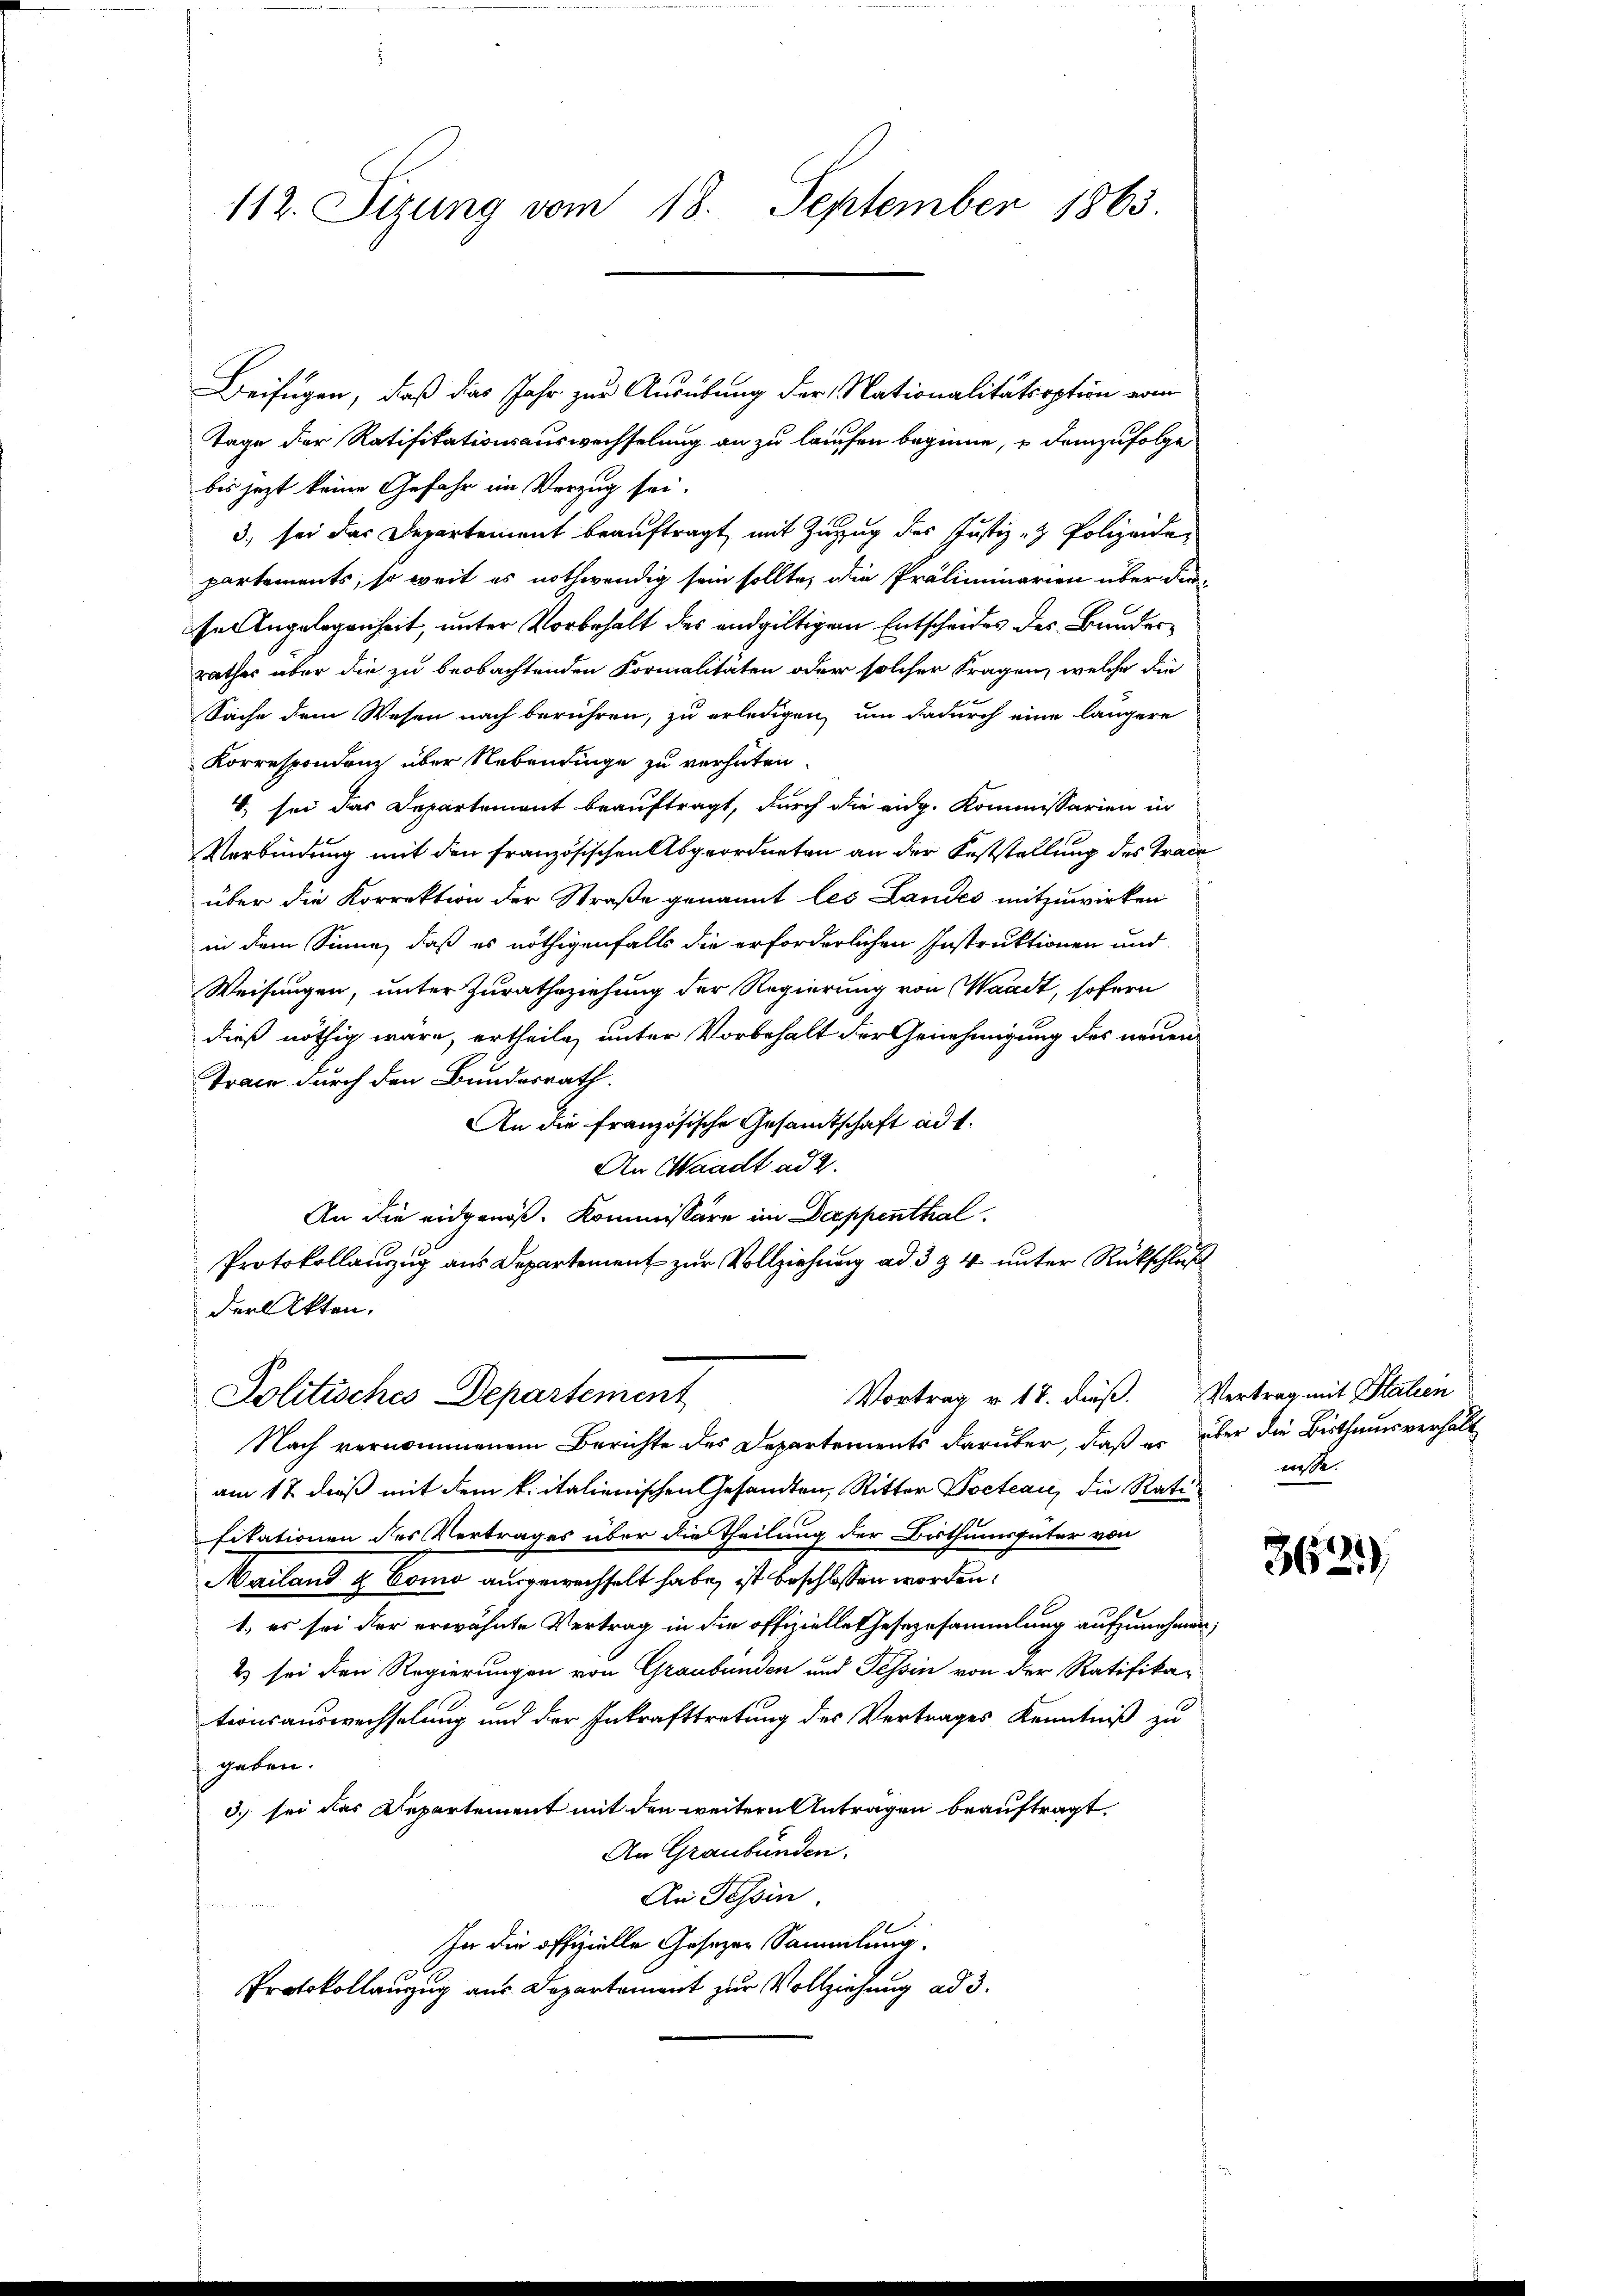
112. Sizung vom 18. September 1865.

Beifügen, daß das Jahr zur Ausübung der Nationalitätsoption vom
Tage der Ratifikationsauswechselung an zu laufen beginne, u demzufolge
bis jezt keine Gefahr im Verzug sei.
3., sei das Departement beauftragt, mit Zuzug des Justiz- & Polizeide,
partements, so weit es nothwendig sein sollte, die Präliminarien über durse Angelegenheit, unter Vorbehalt des endgültigem Entscheides des Bunderrathes über die zu beobachtenden Formalitäten oder solcher Fragen, welche die
Sache dem Wesen nach berühren, zu erledigen, um dadurch eine längere
Korrespondenz über Nebendinge zu verhüten.
4. sei das Departement beauftragt, durch die eidg. Kommissarien in
Verbindung mit den französischen Abgeordneten an der Koststellung des Trace
über die Korrektion der Straße genannt les Landes mitzuwirken
in dem Sinne, daß es nöthigenfalls die erforderlichen Instruktionen und
Weisungen, unter Zurathsziehung der Regierung von Waadt, sofern
dieß nöthig wäre, ertheile, unter Vorbehalt der Genehmigung des neuen
Trace durch den Bundesrath.
An die französische Gesamtschaft ad 1.
An Waadt ad 2.
An die eidgenoß, Kommissäre im Dappenthal¬
Protokollanzug aus Departement zur Vollziehung ad 3 & 4 unter Rückschluß
der Akten.
Vortrag v. 18. dieß. Vertrag mit Stalien
Politisches Departement
Nach vernommenem Berichte des Departements darüber, daß er über die Bisthumsverhält
am 12. daß mit dem k. italienischen Gesandten, Ritter Docteaie, die Ratifikationen des Vertrages über die Theilung der Bisthumsgüter von
Mailand & Como ausgewechselt habe, ist beschlossen worden.
1., es sei der erwähnte Vertrag in die offizielle Gesezusammlung aufzunehmen,
2) sei den Regierungen von Graubünden und Tessin von der Ratifikationsauswechselung und der Inkrafttretung des Vertrages Kenntniß zu
geben.
3) sei das Departement mit den weitern Antragen beauftragt.
An Graubünden.
An Tessin.
u
In die offizielle Gesetzen Sammlung.
Protokollanzug aus Departement zur Vollziehung ad 3.

wisse.

362)